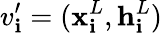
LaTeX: v_{\mathbf{i}}^{\prime}=(\mathbf{{x}}_{\mathbf{i}}^{L},\mathbf{{h}}_{\mathbf{i}}^{L})